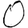
Digit: 0